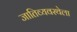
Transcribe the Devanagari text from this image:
जातिव्यवस्थेला